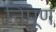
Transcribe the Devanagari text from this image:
निपूण